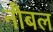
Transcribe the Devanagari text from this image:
नौबल